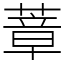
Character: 蔁